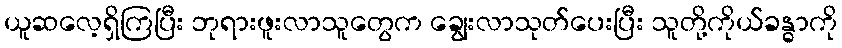
ယူဆလေ့ရှိကြပြီး ဘုရားဖူးလာသူတွေက ချွေးလာသုတ်ပေးပြီး သူတို့ကိုယ်ခန္ဓာကို